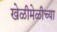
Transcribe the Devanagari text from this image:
खेळीमेळीच्या